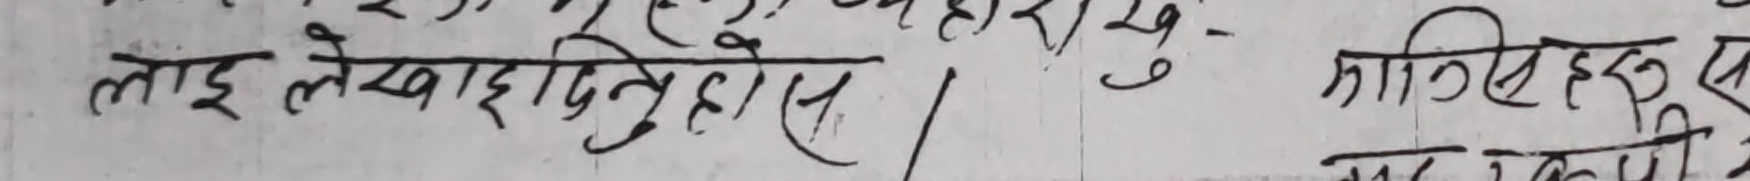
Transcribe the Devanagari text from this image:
लाइ लेखा दिनुहोस । कासिहरू एक